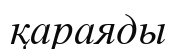
қараяды